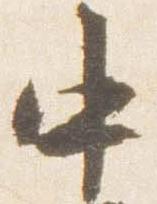
中